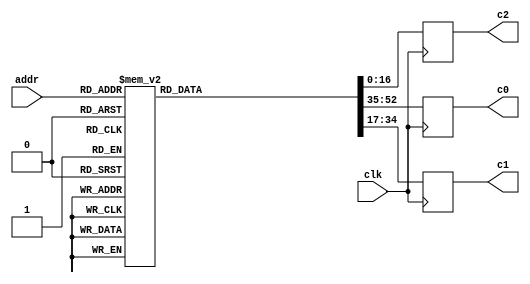
// This program was cloned from: https://github.com/lnis-uofu/LSOracle
// License: MIT License

//------------------------------------------------------------------------------
//
// gng_coef.v
//
// This file is part of the Gaussian Noise Generator IP Core
//
// Description
//     Coefficients ROM table for polynomial interpolation.
//
//------------------------------------------------------------------------------
//
// Copyright (C) 2014, Guangxi Liu <guangxi.liu@opencores.org>
//
// This source file may be used and distributed without restriction provided
// that this copyright statement is not removed from the file and that any
// derivative work contains the original copyright notice and the associated
// disclaimer.
//
// This source file is free software; you can redistribute it and/or modify it
// under the terms of the GNU Lesser General Public License as published by
// the Free Software Foundation; either version 2.1 of the License,
// or (at your option) any later version.
//
// This source is distributed in the hope that it will be useful, but
// WITHOUT ANY WARRANTY; without even the implied warranty of MERCHANTABILITY
// or FITNESS FOR A PARTICULAR PURPOSE. See the GNU Lesser General Public
// License for more details.
//
// You should have received a copy of the GNU Lesser General Public License
// along with this source; if not, download it from
// http://www.opencores.org/lgpl.shtml
//
//------------------------------------------------------------------------------


`timescale 1 ns / 1 ps


module gng_coef (
    // System signals
    input clk,                    // system clock

    // Data interface
    input [7:0] addr,             // read address
    output reg [17:0] c0,         // coefficient c0, u<18,14>
    output reg [17:0] c1,         // coefficient c1, s<18,19>
    output reg [16:0] c2          // coefficient c2, u<17,23>
);

// Local variables
reg [52:0] d;    // {c0, c1, c2}


// Table
always @ (*) begin
    case (addr)
        8'd0  : d = 53'b000010101100101001_100110111110001110_10100011110000000;
        8'd1  : d = 53'b000001111101000111_101001011111011001_01011111011110011;
        8'd2  : d = 53'b000001010001100100_101010111101101110_00110010101000000;
        8'd3  : d = 53'b000000101000010001_101011101111111001_00001111111010011;
        8'd4  : d = 53'b000100100110011110_101100101100100010_10101101110011100;
        8'd5  : d = 53'b000100000010100011_101111010111110111_01110101000001100;
        8'd6  : d = 53'b000011100011000111_110001001011101011_01010011011010011;
        8'd7  : d = 53'b000011000110110001_110010011110011100_00111101101011001;
        8'd8  : d = 53'b000110001000101110_101111110110101010_10100011001000110;
        8'd9  : d = 53'b000101101010111101_110010010111100001_01101111010111011;
        8'd10 : d = 53'b000101010001011010_110100000101110001_01010000111111000;
        8'd11 : d = 53'b000100111010110110_110101010110001001_00111101100100011;
        8'd12 : d = 53'b000111011100110110_110001111001100101_10010111001100011;
        8'd13 : d = 53'b000111000010111111_110100001110101001_01100111010010101;
        8'd14 : d = 53'b000110101101000010_110101110100111010_01001011010000101;
        8'd15 : d = 53'b000110011001110111_110110111111100110_00111001011001010;
        8'd16 : d = 53'b001000100111011000_110011010110100101_10001100100110110;
        8'd17 : d = 53'b001000010000010000_110101100001001100_01011111111010010;
        8'd18 : d = 53'b000111111100110010_110111000000001000_01000101110011111;
        8'd19 : d = 53'b000111101011110111_111000000101011011_00110101001101001;
        8'd20 : d = 53'b001001101010111000_110100011100101111_10000011100100011;
        8'd21 : d = 53'b001001010101110100_110110011110011100_01011001100101001;
        8'd22 : d = 53'b001001000100001010_110111110111000110_01000001000110100;
        8'd23 : d = 53'b001000110100111000_111000110111101101_00110001100011100;
        8'd24 : d = 53'b001010101000111110_110101010011111110_01111011110111110;
        8'd25 : d = 53'b001010010101100000_110111001110000100_01010100001100011;
        8'd26 : d = 53'b001010000101010000_111000100001011001_00111101000110010;
        8'd27 : d = 53'b001001110111001111_111001011110000001_00101110011100100;
        8'd28 : d = 53'b001011100010101101_110110000000110101_01110101010001000;
        8'd29 : d = 53'b001011010000100011_110111110100011001_01001111100101010;
        8'd30 : d = 53'b001011000001011011_111001000011001010_00111001101011010;
        8'd31 : d = 53'b001010110100011010_111001111100011001_00101011110010110;
        8'd32 : d = 53'b001100011000111001_110110100110001001_01101111100010101;
        8'd33 : d = 53'b001100000111110011_111000010100000101_01001011100110010;
        8'd34 : d = 53'b001011111001100110_111001011110111001_00110110101110100;
        8'd35 : d = 53'b001011101101011011_111010010101001100_00101001100000110;
        8'd36 : d = 53'b001101001100000100_110111000101110100_01101010100010001;
        8'd37 : d = 53'b001100111011111001_111000101110110010_01001000000111110;
        8'd38 : d = 53'b001100101110011110_111001110110001010_00110100001010001;
        8'd39 : d = 53'b001100100010111110_111010101001111011_00100111100001111;
        8'd40 : d = 53'b001101111100101100_110111100001000101_01100110000110111;
        8'd41 : d = 53'b001101101101010011_111001000101101101_01000101000011110;
        8'd42 : d = 53'b001101100000100011_111010001010000011_00110001111001101;
        8'd43 : d = 53'b001101010101101000_111010111011100011_00100101110010101;
        8'd44 : d = 53'b001110101011000101_110111111000111001_01100010001010110;
        8'd45 : d = 53'b001110011100011000_111001011001101000_01000010010101101;
        8'd46 : d = 53'b001110010000001101_111010011011010001_00101111111001101;
        8'd47 : d = 53'b001110000101110011_111011001010110011_00100100010000001;
        8'd48 : d = 53'b001111010111100001_111000001101111010_01011110101000100;
        8'd49 : d = 53'b001111001001011011_111001101011001001_00111111111001110;
        8'd50 : d = 53'b001110111101110000_111010101010011000_00101110000111001;
        8'd51 : d = 53'b001110110011110011_111011011000001000_00100010111000010;
        8'd52 : d = 53'b010000000010001111_111000100000100111_01011011011100010;
        8'd53 : d = 53'b001111110100101011_111001111010101101_00111101101101001;
        8'd54 : d = 53'b001111101001011101_111010110111110001_00101100100000001;
        8'd55 : d = 53'b001111011111111001_111011100011111010_00100001101001010;
        8'd56 : d = 53'b010000101011011010_111000110001011010_01011000100010101;
        8'd57 : d = 53'b010000011110010100_111010001000101001_00111011101101101;
        8'd58 : d = 53'b010000010011100000_111011000011101110_00101011000010110;
        8'd59 : d = 53'b010000001010010010_111011101110011011_00100000100001110;
        8'd60 : d = 53'b010001010011001011_111001000000100110_01010101111001000;
        8'd61 : d = 53'b010001000110100001_111010010101001110_00111001111001011;
        8'd62 : d = 53'b010000111100000101_111011001110100000_00101001101101110;
        8'd63 : d = 53'b010000110011001011_111011110111111001_00011111100000110;
        8'd64 : d = 53'b010001111001101011_111001001110011010_01010011011101011;
        8'd65 : d = 53'b010001101101011010_111010100000101000_00111000001110110;
        8'd66 : d = 53'b010001100011010011_111011011000010001_00101000011111111;
        8'd67 : d = 53'b010001011010101100_111100000000011100_00011110100101010;
        8'd68 : d = 53'b010010011111000010_111001011011000010_01010001001101111;
        8'd69 : d = 53'b010010010011001000_111010101011000011_00110110101100101;
        8'd70 : d = 53'b010010001001010100_111011100001001011_00100111011000011;
        8'd71 : d = 53'b010010000000111110_111100001000001111_00011101101110101;
        8'd72 : d = 53'b010011000011010100_111001100110101010_01001111001001001;
        8'd73 : d = 53'b010010110111110000_111010110100101000_00110101010001111;
        8'd74 : d = 53'b010010101110001110_111011101001010101_00100110010110010;
        8'd75 : d = 53'b010010100110000111_111100001111011000_00011100111100001;
        8'd76 : d = 53'b010011100110101001_111001110001011000_01001101001101110;
        8'd77 : d = 53'b010011011011011000_111010111101011100_00110011111101110;
        8'd78 : d = 53'b010011010010000110_111011110000110110_00100101011000111;
        8'd79 : d = 53'b010011001010001101_111100010101111100_00011100001101100;
        8'd80 : d = 53'b010100001001000100_111001111011010100_01001011011010110;
        8'd81 : d = 53'b010011111110000101_111011000101100111_00110010101111010;
        8'd82 : d = 53'b010011110101000010_111011110111110011_00100100011111111;
        8'd83 : d = 53'b010011101101010110_111100011100000001_00011011100010000;
        8'd84 : d = 53'b010100101010101001_111010000100100011_01001001101111010;
        8'd85 : d = 53'b010100011111111011_111011001101001100_00110001100110000;
        8'd86 : d = 53'b010100010111000110_111011111110010000_00100011101010101;
        8'd87 : d = 53'b010100001111100110_111100100001101001_00011010111001100;
        8'd88 : d = 53'b010101001011011100_111010001101001011_01001000001010100;
        8'd89 : d = 53'b010101000000111110_111011010100010000_00110000100001100;
        8'd90 : d = 53'b010100111000010110_111100000100010001_00100010111000110;
        8'd91 : d = 53'b010100110001000001_111100100110111000_00011010010011100;
        8'd92 : d = 53'b010101101011100000_111010010101001111_01000110101011110;
        8'd93 : d = 53'b010101100001010001_111011011010111000_00101111100001000;
        8'd94 : d = 53'b010101011000110110_111100001001111000_00100010001010000;
        8'd95 : d = 53'b010101010001101011_111100101011110001_00011001110000000;
        8'd96 : d = 53'b010110001010111001_111010011100110100_01000101010010101;
        8'd97 : d = 53'b010110000000110111_111011100001000100_00101110100100011;
        8'd98 : d = 53'b010101111000101000_111100001111001001_00100001011110000;
        8'd99 : d = 53'b010101110001100111_111100110000010110_00011001001110100;
        8'd100: d = 53'b010110101001101001_111010100011111100_01000011111110011;
        8'd101: d = 53'b010110011111110100_111011100110111001_00101101101011001;
        8'd102: d = 53'b010110010111101111_111100010100000101_00100000110100100;
        8'd103: d = 53'b010110010000111000_111100110100101001_00011000101111000;
        8'd104: d = 53'b010111000111110010_111010101010101010_01000010101110101;
        8'd105: d = 53'b010110111110001010_111011101100011001_00101100110101000;
        8'd106: d = 53'b010110110110001111_111100011000101111_00100000001101010;
        8'd107: d = 53'b010110101111100000_111100111000101100_00011000010001010;
        8'd108: d = 53'b010111100101010111_111010110001000000_01000001100011001;
        8'd109: d = 53'b010111011011111010_111011110001100101_00101100000001110;
        8'd110: d = 53'b010111010100001000_111100011101001000_00011111101000001;
        8'd111: d = 53'b010111001101100010_111100111100100000_00010111110101000;
        8'd112: d = 53'b011000000010011001_111010110111000001_01000000011011011;
        8'd113: d = 53'b010111111001000111_111011110110011111_00101011010001001;
        8'd114: d = 53'b010111110001011110_111100100001010011_00011111000100111;
        8'd115: d = 53'b010111101011000000_111101000000000111_00010111011010010;
        8'd116: d = 53'b011000011110111010_111010111100101110_00111111010111001;
        8'd117: d = 53'b011000010101110010_111011111011001001_00101010100010111;
        8'd118: d = 53'b011000001110010011_111100100101001111_00011110100011011;
        8'd119: d = 53'b011000000111111011_111101000011100010_00010111000000111;
        8'd120: d = 53'b011000111010111100_111011000010001010_00111110010110001;
        8'd121: d = 53'b011000110001111110_111011111111100100_00101001110110111;
        8'd122: d = 53'b011000101010100111_111100101000111110_00011110000011100;
        8'd123: d = 53'b011000100100010110_111101000110110010_00010110101000110;
        8'd124: d = 53'b011001010110100001_111011000111010100_00111101011000001;
        8'd125: d = 53'b011001001101101100_111100000011110001_00101001001100110;
        8'd126: d = 53'b011001000110011100_111100101100100010_00011101100101001;
        8'd127: d = 53'b011001000000010011_111101001001111000_00010110010001110;
        8'd128: d = 53'b011001110001101001_111011001100001111_00111100011100111;
        8'd129: d = 53'b011001101000111101_111100000111110010_00101000100100101;
        8'd130: d = 53'b011001100001110101_111100101111111011_00011101001000001;
        8'd131: d = 53'b011001011011110010_111101001100110100_00010101111011110;
        8'd132: d = 53'b011010001100010110_111011010000111100_00111011100100001;
        8'd133: d = 53'b011010000011110011_111100001011100111_00100111111110010;
        8'd134: d = 53'b011001111100110010_111100110011001001_00011100101100011;
        8'd135: d = 53'b011001110110110101_111101001111100111_00010101100110101;
        8'd136: d = 53'b011010100110101010_111011010101011011_00111010101101111;
        8'd137: d = 53'b011010011110001111_111100001111010001_00100111011001101;
        8'd138: d = 53'b011010010111010101_111100110110001111_00011100010001111;
        8'd139: d = 53'b011010010001011101_111101010010010010_00010101010010101;
        8'd140: d = 53'b011011000000100101_111011011001101110_00111001111001110;
        8'd141: d = 53'b011010111000010010_111100010010110001_00100110110110011;
        8'd142: d = 53'b011010110001011110_111100111001001100_00011011111000011;
        8'd143: d = 53'b011010101011101100_111101010100110110_00010100111111010;
        8'd144: d = 53'b011011011010001001_111011011101110110_00111001000111110;
        8'd145: d = 53'b011011010001111101_111100010110000111_00100110010100100;
        8'd146: d = 53'b011011001011001111_111100111100000001_00011011100000000;
        8'd147: d = 53'b011011000101100010_111101010111010011_00010100101100111;
        8'd148: d = 53'b011011110011010110_111011100001110011_00111000010111101;
        8'd149: d = 53'b011011101011010001_111100011001010101_00100101110100000;
        8'd150: d = 53'b011011100100101001_111100111110101111_00011011001000100;
        8'd151: d = 53'b011011011111000010_111101011001101010_00010100011011000;
        8'd152: d = 53'b011100001100001101_111011100101100111_00110111101001100;
        8'd153: d = 53'b011100000100001111_111100011100011011_00100101010100110;
        8'd154: d = 53'b011011111101101101_111101000001010110_00011010110001111;
        8'd155: d = 53'b011011111000001010_111101011011111010_00010100001010000;
        8'd156: d = 53'b011100100100110000_111011101001010001_00110110111100111;
        8'd157: d = 53'b011100011100111000_111100011111011001_00100100110110110;
        8'd158: d = 53'b011100010110011100_111101000011110110_00011010011100010;
        8'd159: d = 53'b011100010000111110_111101011110000101_00010011111001101;
        8'd160: d = 53'b011100111100111110_111011101100110010_00110110010010000;
        8'd161: d = 53'b011100110101001101_111100100010001111_00100100011001110;
        8'd162: d = 53'b011100101110110110_111101000110010000_00011010000111010;
        8'd163: d = 53'b011100101001011100_111101100000001010_00010011101001110;
        8'd164: d = 53'b011101010100111001_111011110000001011_00110101101000101;
        8'd165: d = 53'b011101001101001110_111100100101000000_00100011111101110;
        8'd166: d = 53'b011101000110111100_111101001000100101_00011001110011001;
        8'd167: d = 53'b011101000001100111_111101100010001010_00010011011010100;
        8'd168: d = 53'b011101101100100001_111011110011011100_00110101000000101;
        8'd169: d = 53'b011101100100111101_111100100111101001_00100011100010111;
        8'd170: d = 53'b011101011110101111_111101001010110100_00011001011111101;
        8'd171: d = 53'b011101011001011110_111101100100000110_00010011001011110;
        8'd172: d = 53'b011110000011111000_111011110110100110_00110100011010000;
        8'd173: d = 53'b011101111100011001_111100101010001101_00100011001000110;
        8'd174: d = 53'b011101110110010000_111101001100111110_00011001001100111;
        8'd175: d = 53'b011101110001000011_111101100101111110_00010010111101101;
        8'd176: d = 53'b011110011010111101_111011111001101001_00110011110100110;
        8'd177: d = 53'b011110010011100100_111100101100101011_00100010101111100;
        8'd178: d = 53'b011110001101011111_111101001111000011_00011000111010110;
        8'd179: d = 53'b011110001000010110_111101100111110001_00010010101111111;
        8'd180: d = 53'b011110110001110001_111011111100100101_00110011010000101;
        8'd181: d = 53'b011110101010011101_111100101111000100_00100010010111001;
        8'd182: d = 53'b011110100100011101_111101010001000100_00011000101001001;
        8'd183: d = 53'b011110011111011000_111101101001100000_00010010100010100;
        8'd184: d = 53'b011111001000010110_111011111111011011_00110010101101101;
        8'd185: d = 53'b011111000001000111_111100110001011000_00100001111111101;
        8'd186: d = 53'b011110111011001011_111101010011000000_00011000011000001;
        8'd187: d = 53'b011110110110001001_111101101011001100_00010010010101110;
        8'd188: d = 53'b011111011110101010_111100000010001100_00110010001011110;
        8'd189: d = 53'b011111010111100000_111100110011100111_00100001101000110;
        8'd190: d = 53'b011111010001101001_111101010100111001_00011000000111101;
        8'd191: d = 53'b011111001100101010_111101101100110100_00010010001001010;
        8'd192: d = 53'b011111110100101111_111100000100110111_00110001101011000;
        8'd193: d = 53'b011111101101101010_111100110101110010_00100001010010101;
        8'd194: d = 53'b011111100111110111_111101010110101101_00010111110111110;
        8'd195: d = 53'b011111100010111100_111101101110011001_00010001111101010;
        8'd196: d = 53'b100000001010100110_111100000111011101_00110001001011010;
        8'd197: d = 53'b100000000011100101_111100110111111000_00100000111101010;
        8'd198: d = 53'b011111111101110110_111101011000011110_00010111101000010;
        8'd199: d = 53'b011111111000111110_111101101111111010_00010001110001100;
        8'd200: d = 53'b100000100000001110_111100001001111101_00110000101100101;
        8'd201: d = 53'b100000011001010010_111100111001111010_00100000101000100;
        8'd202: d = 53'b100000010011100110_111101011010001100_00010111011001011;
        8'd203: d = 53'b100000001110110010_111101110001011001_00010001100110010;
        8'd204: d = 53'b100000110101101001_111100001100011001_00110000001111001;
        8'd205: d = 53'b100000101110110001_111100111011111000_00100000010100101;
        8'd206: d = 53'b100000101001001001_111101011011110110_00010111001011000;
        8'd207: d = 53'b100000100100011000_111101110010110101_00010001011011011;
        8'd208: d = 53'b100001001010110110_111100001110110000_00101111110011010;
        8'd209: d = 53'b100001000100000010_111100111101110011_00100000000001101;
        8'd210: d = 53'b100000111110011110_111101011101011101_00010110111101010;
        8'd211: d = 53'b100000111001101111_111101110100001110_00010001010001000;
        8'd212: d = 53'b100001011111110110_111100010001000010_00101111011001100;
        8'd213: d = 53'b100001011001000111_111100111111101001_00011111101111111;
        8'd214: d = 53'b100001010011100101_111101011111000001_00010110110000010;
        8'd215: d = 53'b100001001110111010_111101110101100100_00010001000111001;
        8'd216: d = 53'b100001110100101001_111100010011001110_00101111000011000;
        8'd217: d = 53'b100001101101111110_111101000001011100_00011111100000001;
        8'd218: d = 53'b100001101000100000_111101100000100010_00010110100100101;
        8'd219: d = 53'b100001100011110111_111101110110111000_00010000111110001;
        8'd220: d = 53'b100010001001010000_111100010101010100_00101110110010010;
        8'd221: d = 53'b100010000010101001_111101000011001010_00011111010011101;
        8'd222: d = 53'b100001111101001110_111101100001111111_00010110011011000;
        8'd223: d = 53'b100001111000101000_111101111000001001_00010000110110100;
        8'd224: d = 53'b100010011101101011_111100010111010010_00101110101100100;
        8'd225: d = 53'b100010010111000111_111101000100110010_00011111001101001;
        8'd226: d = 53'b100010010001110000_111101100011011000_00010110010101000;
        8'd227: d = 53'b100010001101001101_111101111001010110_00010000110001010;
        8'd228: d = 53'b100010110001111010_111100011001000101_00101110111011101;
        8'd229: d = 53'b100010101011011010_111101000110010011_00011111010010001;
        8'd230: d = 53'b100010100110000110_111101100100101100_00010110010110000;
        8'd231: d = 53'b100010100001100101_111101111010100000_00010000110000101;
        8'd232: d = 53'b100011000101111110_111100011010100111_00101111110100001;
        8'd233: d = 53'b100010111111100010_111101000111101011_00011111101101110;
        8'd234: d = 53'b100010111010010000_111101100101111001_00010110100100111;
        8'd235: d = 53'b100010110101110010_111101111011100101_00010000111001000;
        8'd236: d = 53'b100011011001110111_111100101000100000_00000000000000000;
        8'd237: d = 53'b100011010011011110_111101010001001010_00000000000000000;
        8'd238: d = 53'b100011001110010000_111101101100110110_00000000000000000;
        8'd239: d = 53'b100011001001110100_111110000000111011_00000000000000000;
        8'd240: d = 53'b100011101101100101_000000000000000000_00000000000000000;
        8'd241: d = 53'b100011100111010000_000000000000000000_00000000000000000;
        8'd242: d = 53'b100011100010000100_000000000000000000_00000000000000000;
        8'd243: d = 53'b100011011101101011_000000000000000000_00000000000000000;
        8'd244: d = 53'b100100100111110000_000000000000000000_00000000000000000;
        8'd245: d = 53'b100100010100100001_000000000000000000_00000000000000000;
        8'd246: d = 53'b100100000001001000_000000000000000000_00000000000000000;
        8'd247: d = 53'b100011110101101101_000000000000000000_00000000000000000;
        default: d = 53'd0;
    endcase
end


// Output data
always @ (posedge clk) begin
    c0 <= d[52:35];
    c1 <= d[34:17];
    c2 <= d[16:0];
end


endmodule
//------------------------------------------------------------------------------
//
// gng_ctg.v
//
// This file is part of the Gaussian Noise Generator IP Core
//
// Description
//     Maximally equidistributed combined Tausworthe generator with
// (k1,k2,k3) = (63,58,55); (q1,q2,q3) = (5,19,24); (s1,s2,s3) = (24,13,7).
// Period is approximately 2^176.
//
//------------------------------------------------------------------------------
//
// Copyright (C) 2014, Guangxi Liu <guangxi.liu@opencores.org>
//
// This source file may be used and distributed without restriction provided
// that this copyright statement is not removed from the file and that any
// derivative work contains the original copyright notice and the associated
// disclaimer.
//
// This source file is free software; you can redistribute it and/or modify it
// under the terms of the GNU Lesser General Public License as published by
// the Free Software Foundation; either version 2.1 of the License,
// or (at your option) any later version.
//
// This source is distributed in the hope that it will be useful, but
// WITHOUT ANY WARRANTY; without even the implied warranty of MERCHANTABILITY
// or FITNESS FOR A PARTICULAR PURPOSE. See the GNU Lesser General Public
// License for more details.
//
// You should have received a copy of the GNU Lesser General Public License
// along with this source; if not, download it from
// http://www.opencores.org/lgpl.shtml
//
//------------------------------------------------------------------------------


`timescale 1 ns / 1 ps


module gng_ctg #(
    parameter INIT_Z1 = 64'd5030521883283424767,
    parameter INIT_Z2 = 64'd18445829279364155008,
    parameter INIT_Z3 = 64'd18436106298727503359
)
(
    // System signals
    input clk,                    // system clock
    input rstn,                   // system synchronous reset, active low

    // Data interface
    input ce,                     // clock enable
    output reg valid_out,         // output data valid
    output reg [63:0] data_out    // output data
);

// Local variables
reg [63:0] z1, z2, z3;
wire [63:0] z1_next, z2_next, z3_next;


// Update state
assign z1_next = {z1[39:1], z1[58:34] ^ z1[63:39]};
assign z2_next = {z2[50:6], z2[44:26] ^ z2[63:45]};
assign z3_next = {z3[56:9], z3[39:24] ^ z3[63:48]};

always @ (posedge clk) begin
    if (!rstn) begin
        z1 <= INIT_Z1;
        z2 <= INIT_Z2;
        z3 <= INIT_Z3;
    end
    else if (ce) begin
        z1 <= z1_next;
        z2 <= z2_next;
        z3 <= z3_next;
    end
end


// Output data
always @ (posedge clk) begin
    if (!rstn)
        valid_out <= 1'b0;
    else
        valid_out <= ce;
end

always @ (posedge clk) begin
    if (!rstn)
        data_out <= 64'd0;
    else
        data_out <= z1_next ^ z2_next ^ z3_next;
end


endmodule
//------------------------------------------------------------------------------
//
// gng_interp.v
//
// This file is part of the Gaussian Noise Generator IP Core
//
// Description
//     Polynomial interpolation.
//
//------------------------------------------------------------------------------
//
// Copyright (C) 2014, Guangxi Liu <guangxi.liu@opencores.org>
//
// This source file may be used and distributed without restriction provided
// that this copyright statement is not removed from the file and that any
// derivative work contains the original copyright notice and the associated
// disclaimer.
//
// This source file is free software; you can redistribute it and/or modify it
// under the terms of the GNU Lesser General Public License as published by
// the Free Software Foundation; either version 2.1 of the License,
// or (at your option) any later version.
//
// This source is distributed in the hope that it will be useful, but
// WITHOUT ANY WARRANTY; without even the implied warranty of MERCHANTABILITY
// or FITNESS FOR A PARTICULAR PURPOSE. See the GNU Lesser General Public
// License for more details.
//
// You should have received a copy of the GNU Lesser General Public License
// along with this source; if not, download it from
// http://www.opencores.org/lgpl.shtml
//
//------------------------------------------------------------------------------


`timescale 1 ns / 1 ps


module gng_interp (
    // System signals
    input clk,                    // system clock
    input rstn,                   // system synchronous reset, active low

    // Data interface
    input valid_in,               // input data valid
    input [63:0] data_in,         // input data
    output reg valid_out,         // output data valid
    output reg [15:0] data_out    // output data, s<16,11>
);

// Local variables
wire [5:0] num_lzd;
reg [5:0] num_lzd_r;
reg [14:0] mask;
reg [1:0] offset;
wire [7:0] addr;
wire [17:0] c0;    // u<18,14>
wire [17:0] c1;    // s<18,19>
wire [16:0] c2;    // u<17,23>
reg [14:0] x;      // u<15,15>
reg [14:0] x_r1, x_r2, x_r3, x_r4;   // u<15,15>
reg [17:0] c1_r1;    // s<18,19>
wire [37:0] sum1;    // s<38,38>
wire [17:0] sum1_new;    // s<18,18>
wire [33:0] mul1;    // s<34,33>
wire signed [13:0] mul1_new;    // s<14,14>
reg [17:0] c0_r1, c0_r2, c0_r3, c0_r4, c0_r5;   // u<18,14>
reg signed [18:0] sum2;    // s<19,14>
reg [14:0] sum2_rnd;    // u<15,11>
reg [8:0] sign_r;
reg [8:0] valid_in_r;


// Leading zero detector
gng_lzd u_gng_lzd (
    .data_in(data_in[63:3]),
    .data_out(num_lzd)
);

always @ (posedge clk) begin
    if (!rstn)
        num_lzd_r <= 6'd0;
    else
        num_lzd_r <= num_lzd;
end


// Get mask for value x
always @ (posedge clk) begin
    if (!rstn)
        mask <= 15'b111111111111111;
    else begin
        case (num_lzd_r)
            6'd61:   mask <= 15'b111111111111111;
            6'd60:   mask <= 15'b011111111111111;
            6'd59:   mask <= 15'b101111111111111;
            6'd58:   mask <= 15'b110111111111111;
            6'd57:   mask <= 15'b111011111111111;
            6'd56:   mask <= 15'b111101111111111;
            6'd55:   mask <= 15'b111110111111111;
            6'd54:   mask <= 15'b111111011111111;
            6'd53:   mask <= 15'b111111101111111;
            6'd52:   mask <= 15'b111111110111111;
            6'd51:   mask <= 15'b111111111011111;
            6'd50:   mask <= 15'b111111111101111;
            6'd49:   mask <= 15'b111111111110111;
            6'd48:   mask <= 15'b111111111111011;
            6'd47:   mask <= 15'b111111111111101;
            6'd46:   mask <= 15'b111111111111110;
            default: mask <= 15'b111111111111111;
        endcase
    end
end


// Generate table address and coefficients
always @ (posedge clk) begin
    if (!rstn)
        offset <= 2'd0;
    else
        offset <= {data_in[1], data_in[2]};
end

assign addr = {num_lzd_r, offset};

gng_coef u_gng_coef (
    .clk(clk),
    .addr(addr),
    .c0(c0),
    .c1(c1),
    .c2(c2)
);


// Data delay
always @ (posedge clk) begin
    if (!rstn)
        x <= 15'd0;
    else
        x <= {data_in[3], data_in[4], data_in[5], data_in[6], data_in[7],
              data_in[8], data_in[9], data_in[10], data_in[11], data_in[12],
              data_in[13], data_in[14], data_in[15], data_in[16], data_in[17]};
end

always @ (posedge clk) begin
    x_r1 <= x & mask;
    x_r2 <= x_r1;
    x_r3 <= x_r2;
    x_r4 <= x_r3;
end

always @ (posedge clk) begin
    c1_r1 <= c1;
end

always @ (posedge clk) begin
    c0_r1 <= c0;
    c0_r2 <= c0_r1;
    c0_r3 <= c0_r2;
    c0_r4 <= c0_r3;
    c0_r5 <= c0_r4;
end

always @ (posedge clk) begin
    sign_r <= {sign_r[7:0], data_in[0]};
end

always @ (posedge clk) begin
    if (!rstn)
        valid_in_r <= 9'd0;
    else
        valid_in_r <= {valid_in_r[7:0], valid_in};
end


// Polynomial interpolation of order 2
gng_smul_16_18_sadd_37 u_gng_smul_16_18_sadd_37 (
    .clk(clk),
    .a({1'b0, x_r1}),
    .b({1'b0, c2}),
    .c({c1_r1, 19'd0}),
    .p(sum1)
);

assign sum1_new = sum1[37:20];

gng_smul_16_18 u_gng_smul_16_18 (
    .clk(clk),
    .a({1'b0, x_r4}),
    .b(sum1_new),
    .p(mul1)
);

assign mul1_new = mul1[32:19];

always @ (posedge clk) begin
    sum2 <= $signed({1'b0, c0_r5}) + mul1_new;
end

always @ (posedge clk) begin
    sum2_rnd <= sum2[17:3] + sum2[2];
end


// Output data
always @ (posedge clk) begin
    if (!rstn)
        valid_out <= 1'b0;
    else
        valid_out <= valid_in_r[8];
end

always @ (posedge clk) begin
    if (!rstn)
        data_out <= 16'd0;
    else if (sign_r[8])
        data_out <= {1'b1, ~sum2_rnd} + 1'b1;
    else
        data_out <= {1'b0, sum2_rnd};
end


endmodule
//------------------------------------------------------------------------------
//
// gng_lzd.v
//
// This file is part of the Gaussian Noise Generator IP Core
//
// Description
//     Leading zero detector of 61-bit number.
//
//------------------------------------------------------------------------------
//
// Copyright (C) 2014, Guangxi Liu <guangxi.liu@opencores.org>
//
// This source file may be used and distributed without restriction provided
// that this copyright statement is not removed from the file and that any
// derivative work contains the original copyright notice and the associated
// disclaimer.
//
// This source file is free software; you can redistribute it and/or modify it
// under the terms of the GNU Lesser General Public License as published by
// the Free Software Foundation; either version 2.1 of the License,
// or (at your option) any later version.
//
// This source is distributed in the hope that it will be useful, but
// WITHOUT ANY WARRANTY; without even the implied warranty of MERCHANTABILITY
// or FITNESS FOR A PARTICULAR PURPOSE. See the GNU Lesser General Public
// License for more details.
//
// You should have received a copy of the GNU Lesser General Public License
// along with this source; if not, download it from
// http://www.opencores.org/lgpl.shtml
//
//------------------------------------------------------------------------------


`timescale 1 ns / 1 ps


module gng_lzd (
    // Data interface
    input [60:0] data_in,        // input data
    output [5:0] data_out        // output number of leading zeros
);

// Local variables
wire [63:0] d;
wire p1 [31:0];
wire [31:0] v1;
wire [1:0] p2 [15:0];
wire [15:0] v2;
wire [2:0] p3 [7:0];
wire [7:0] v3;
wire [3:0] p4 [3:0];
wire [3:0] v4;
wire [4:0] p5 [1:0];
wire [1:0] v5;
wire [5:0] p6;


// Parallel structure
assign d = {data_in, 3'b111};    // fill last 3 bits with '1'

assign p1[0 ] = ~d[1 ];
assign p1[1 ] = ~d[3 ];
assign p1[2 ] = ~d[5 ];
assign p1[3 ] = ~d[7 ];
assign p1[4 ] = ~d[9 ];
assign p1[5 ] = ~d[11];
assign p1[6 ] = ~d[13];
assign p1[7 ] = ~d[15];
assign p1[8 ] = ~d[17];
assign p1[9 ] = ~d[19];
assign p1[10] = ~d[21];
assign p1[11] = ~d[23];
assign p1[12] = ~d[25];
assign p1[13] = ~d[27];
assign p1[14] = ~d[29];
assign p1[15] = ~d[31];
assign p1[16] = ~d[33];
assign p1[17] = ~d[35];
assign p1[18] = ~d[37];
assign p1[19] = ~d[39];
assign p1[20] = ~d[41];
assign p1[21] = ~d[43];
assign p1[22] = ~d[45];
assign p1[23] = ~d[47];
assign p1[24] = ~d[49];
assign p1[25] = ~d[51];
assign p1[26] = ~d[53];
assign p1[27] = ~d[55];
assign p1[28] = ~d[57];
assign p1[29] = ~d[59];
assign p1[30] = ~d[61];
assign p1[31] = ~d[63];
assign v1[0 ] = d[0 ] | d[1 ];
assign v1[1 ] = d[2 ] | d[3 ];
assign v1[2 ] = d[4 ] | d[5 ];
assign v1[3 ] = d[6 ] | d[7 ];
assign v1[4 ] = d[8 ] | d[9 ];
assign v1[5 ] = d[10] | d[11];
assign v1[6 ] = d[12] | d[13];
assign v1[7 ] = d[14] | d[15];
assign v1[8 ] = d[16] | d[17];
assign v1[9 ] = d[18] | d[19];
assign v1[10] = d[20] | d[21];
assign v1[11] = d[22] | d[23];
assign v1[12] = d[24] | d[25];
assign v1[13] = d[26] | d[27];
assign v1[14] = d[28] | d[29];
assign v1[15] = d[30] | d[31];
assign v1[16] = d[32] | d[33];
assign v1[17] = d[34] | d[35];
assign v1[18] = d[36] | d[37];
assign v1[19] = d[38] | d[39];
assign v1[20] = d[40] | d[41];
assign v1[21] = d[42] | d[43];
assign v1[22] = d[44] | d[45];
assign v1[23] = d[46] | d[47];
assign v1[24] = d[48] | d[49];
assign v1[25] = d[50] | d[51];
assign v1[26] = d[52] | d[53];
assign v1[27] = d[54] | d[55];
assign v1[28] = d[56] | d[57];
assign v1[29] = d[58] | d[59];
assign v1[30] = d[60] | d[61];
assign v1[31] = d[62] | d[63];

assign p2[0 ] = {~v1[1 ], (v1[1 ] ? p1[1 ] : p1[0 ])};
assign p2[1 ] = {~v1[3 ], (v1[3 ] ? p1[3 ] : p1[2 ])};
assign p2[2 ] = {~v1[5 ], (v1[5 ] ? p1[5 ] : p1[4 ])};
assign p2[3 ] = {~v1[7 ], (v1[7 ] ? p1[7 ] : p1[6 ])};
assign p2[4 ] = {~v1[9 ], (v1[9 ] ? p1[9 ] : p1[8 ])};
assign p2[5 ] = {~v1[11], (v1[11] ? p1[11] : p1[10])};
assign p2[6 ] = {~v1[13], (v1[13] ? p1[13] : p1[12])};
assign p2[7 ] = {~v1[15], (v1[15] ? p1[15] : p1[14])};
assign p2[8 ] = {~v1[17], (v1[17] ? p1[17] : p1[16])};
assign p2[9 ] = {~v1[19], (v1[19] ? p1[19] : p1[18])};
assign p2[10] = {~v1[21], (v1[21] ? p1[21] : p1[20])};
assign p2[11] = {~v1[23], (v1[23] ? p1[23] : p1[22])};
assign p2[12] = {~v1[25], (v1[25] ? p1[25] : p1[24])};
assign p2[13] = {~v1[27], (v1[27] ? p1[27] : p1[26])};
assign p2[14] = {~v1[29], (v1[29] ? p1[29] : p1[28])};
assign p2[15] = {~v1[31], (v1[31] ? p1[31] : p1[30])};
assign v2[0 ] = v1[1 ] | v1[0 ];
assign v2[1 ] = v1[3 ] | v1[2 ];
assign v2[2 ] = v1[5 ] | v1[4 ];
assign v2[3 ] = v1[7 ] | v1[6 ];
assign v2[4 ] = v1[9 ] | v1[8 ];
assign v2[5 ] = v1[11] | v1[10];
assign v2[6 ] = v1[13] | v1[12];
assign v2[7 ] = v1[15] | v1[14];
assign v2[8 ] = v1[17] | v1[16];
assign v2[9 ] = v1[19] | v1[18];
assign v2[10] = v1[21] | v1[20];
assign v2[11] = v1[23] | v1[22];
assign v2[12] = v1[25] | v1[24];
assign v2[13] = v1[27] | v1[26];
assign v2[14] = v1[29] | v1[28];
assign v2[15] = v1[31] | v1[30];

assign p3[0] = {~v2[1 ], (v2[1 ] ? p2[1 ] : p2[0 ])};
assign p3[1] = {~v2[3 ], (v2[3 ] ? p2[3 ] : p2[2 ])};
assign p3[2] = {~v2[5 ], (v2[5 ] ? p2[5 ] : p2[4 ])};
assign p3[3] = {~v2[7 ], (v2[7 ] ? p2[7 ] : p2[6 ])};
assign p3[4] = {~v2[9 ], (v2[9 ] ? p2[9 ] : p2[8 ])};
assign p3[5] = {~v2[11], (v2[11] ? p2[11] : p2[10])};
assign p3[6] = {~v2[13], (v2[13] ? p2[13] : p2[12])};
assign p3[7] = {~v2[15], (v2[15] ? p2[15] : p2[14])};
assign v3[0] = v2[1 ] | v2[0 ];
assign v3[1] = v2[3 ] | v2[2 ];
assign v3[2] = v2[5 ] | v2[4 ];
assign v3[3] = v2[7 ] | v2[6 ];
assign v3[4] = v2[9 ] | v2[8 ];
assign v3[5] = v2[11] | v2[10];
assign v3[6] = v2[13] | v2[12];
assign v3[7] = v2[15] | v2[14];

assign p4[0] = {~v3[1], (v3[1] ? p3[1] : p3[0])};
assign p4[1] = {~v3[3], (v3[3] ? p3[3] : p3[2])};
assign p4[2] = {~v3[5], (v3[5] ? p3[5] : p3[4])};
assign p4[3] = {~v3[7], (v3[7] ? p3[7] : p3[6])};
assign v4[0] = v3[1] | v3[0];
assign v4[1] = v3[3] | v3[2];
assign v4[2] = v3[5] | v3[4];
assign v4[3] = v3[7] | v3[6];

assign p5[0] = {~v4[1], (v4[1] ? p4[1] : p4[0])};
assign p5[1] = {~v4[3], (v4[3] ? p4[3] : p4[2])};
assign v5[0] = v4[1] | v4[0];
assign v5[1] = v4[3] | v4[2];

assign p6 = {~v5[1], (v5[1] ? p5[1] : p5[0])};


// Output data
assign data_out = p6;


endmodule
//------------------------------------------------------------------------------
//
// gng_smul_16_18_sadd_37.v
//
// This file is part of the Gaussian Noise Generator IP Core
//
// Description
//     Signed multiplier 16-bit x 18-bit follows signed adder 37-bit,
// delay 3 cycles
//
//------------------------------------------------------------------------------
//
// Copyright (C) 2014, Guangxi Liu <guangxi.liu@opencores.org>
//
// This source file may be used and distributed without restriction provided
// that this copyright statement is not removed from the file and that any
// derivative work contains the original copyright notice and the associated
// disclaimer.
//
// This source file is free software; you can redistribute it and/or modify it
// under the terms of the GNU Lesser General Public License as published by
// the Free Software Foundation; either version 2.1 of the License,
// or (at your option) any later version.
//
// This source is distributed in the hope that it will be useful, but
// WITHOUT ANY WARRANTY; without even the implied warranty of MERCHANTABILITY
// or FITNESS FOR A PARTICULAR PURPOSE. See the GNU Lesser General Public
// License for more details.
//
// You should have received a copy of the GNU Lesser General Public License
// along with this source; if not, download it from
// http://www.opencores.org/lgpl.shtml
//
//------------------------------------------------------------------------------


`timescale 1 ns / 1 ps


module gng_smul_16_18_sadd_37 (
    // System signals
    input clk,                  // system clock

    // Data interface
    input [15:0] a,             // multiplicand
    input [17:0] b,             // multiplicator
    input [36:0] c,             // adder
    output [37:0] p             // result
);

// Behavioral model
reg signed [15:0] a_reg;
reg signed [17:0] b_reg;
reg signed [36:0] c_reg;
reg signed [33:0] prod;
wire signed [37:0] sum;
reg [37:0] result;

always @ (posedge clk) begin
    a_reg <= a;
    b_reg <= b;
    c_reg <= c;
end

always @ (posedge clk) begin
    prod <= a_reg * b_reg;
end

assign sum = c_reg + prod;

always @ (posedge clk) begin
    result <= sum;
end

assign p = result;


endmodule
//------------------------------------------------------------------------------
//
// gng_smul_16_18.v
//
// This file is part of the Gaussian Noise Generator IP Core
//
// Description
//     Signed multiplier 16-bit x 18-bit, delay 2 cycles.
//
//------------------------------------------------------------------------------
//
// Copyright (C) 2014, Guangxi Liu <guangxi.liu@opencores.org>
//
// This source file may be used and distributed without restriction provided
// that this copyright statement is not removed from the file and that any
// derivative work contains the original copyright notice and the associated
// disclaimer.
//
// This source file is free software; you can redistribute it and/or modify it
// under the terms of the GNU Lesser General Public License as published by
// the Free Software Foundation; either version 2.1 of the License,
// or (at your option) any later version.
//
// This source is distributed in the hope that it will be useful, but
// WITHOUT ANY WARRANTY; without even the implied warranty of MERCHANTABILITY
// or FITNESS FOR A PARTICULAR PURPOSE. See the GNU Lesser General Public
// License for more details.
//
// You should have received a copy of the GNU Lesser General Public License
// along with this source; if not, download it from
// http://www.opencores.org/lgpl.shtml
//
//------------------------------------------------------------------------------


`timescale 1 ns / 1 ps


module gng_smul_16_18 (
    // System signals
    input clk,                  // system clock

    // Data interface
    input [15:0] a,             // multiplicand
    input [17:0] b,             // multiplicator
    output [33:0] p             // result
);

// Behavioral model
reg signed [15:0] a_reg;
reg signed [17:0] b_reg;
reg signed [33:0] prod;

always @ (posedge clk) begin
    a_reg <= a;
    b_reg <= b;
end

always @ (posedge clk) begin
    prod <= a_reg * b_reg;
end

assign p = prod;


endmodule
//------------------------------------------------------------------------------
//
// gng.v
//
// This file is part of the Gaussian Noise Generator IP Core
//
// Description
//     Top module of Gaussian noise generator.
//
//------------------------------------------------------------------------------
//
// Copyright (C) 2014, Guangxi Liu <guangxi.liu@opencores.org>
//
// This source file may be used and distributed without restriction provided
// that this copyright statement is not removed from the file and that any
// derivative work contains the original copyright notice and the associated
// disclaimer.
//
// This source file is free software; you can redistribute it and/or modify it
// under the terms of the GNU Lesser General Public License as published by
// the Free Software Foundation; either version 2.1 of the License,
// or (at your option) any later version.
//
// This source is distributed in the hope that it will be useful, but
// WITHOUT ANY WARRANTY; without even the implied warranty of MERCHANTABILITY
// or FITNESS FOR A PARTICULAR PURPOSE. See the GNU Lesser General Public
// License for more details.
//
// You should have received a copy of the GNU Lesser General Public License
// along with this source; if not, download it from
// http://www.opencores.org/lgpl.shtml
//
//------------------------------------------------------------------------------


`timescale 1 ns / 1 ps


module gng #(
    parameter INIT_Z1 = 64'd5030521883283424767,
    parameter INIT_Z2 = 64'd18445829279364155008,
    parameter INIT_Z3 = 64'd18436106298727503359
)
(
    // System signals
    input clk,                    // system clock
    input rstn,                   // system synchronous reset, active low

    // Data interface
    input ce,                     // clock enable
    output valid_out,             // output data valid
    output [15:0] data_out        // output data, s<16,11>
);

// Local variables
wire valid_out_ctg;
wire [63:0] data_out_ctg;


// Instances
gng_ctg #(
    .INIT_Z1(INIT_Z1),
    .INIT_Z2(INIT_Z2),
    .INIT_Z3(INIT_Z3)
) u_gng_ctg (
    .clk(clk),
    .rstn(rstn),
    .ce(ce),
    .valid_out(valid_out_ctg),
    .data_out(data_out_ctg)
);

gng_interp u_gng_interp (
    .clk(clk),
    .rstn(rstn),
    .valid_in(valid_out_ctg),
    .data_in(data_out_ctg),
    .valid_out(valid_out),
    .data_out(data_out)
);


endmodule